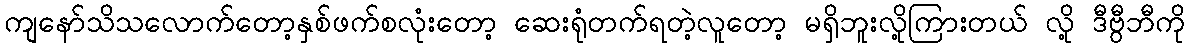
ကျနော်သိသလောက်တော့နှစ်ဖက်စလုံးတော့ ဆေးရုံတက်ရတဲ့လူတော့ မရှိဘူးလို့ကြားတယ် လို့ ဒီဗွီဘီကို